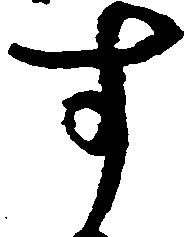
す